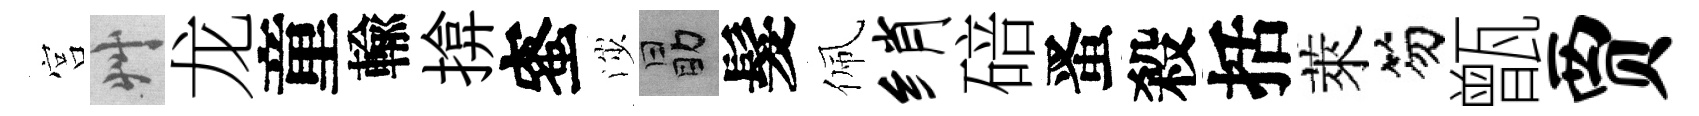
宫艸龙童輸揜蜜渉勗髮佩绡碚󱉠殺括萊笏甑贾